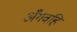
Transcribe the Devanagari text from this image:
अँगवहि